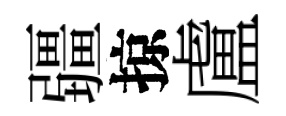
疆掠盧